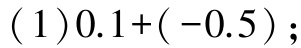
(1)$0.1+(-0.5)$;